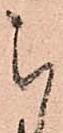
被